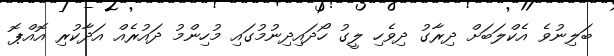
ބަލިނުވެ އެކްލަބަށް ދިރާގު ދިވެހި ލީގު ހޯދައިދިނުމުގައި މުހިންމު ދައުރެއް އަދާކުރި އޮއްޕޮ